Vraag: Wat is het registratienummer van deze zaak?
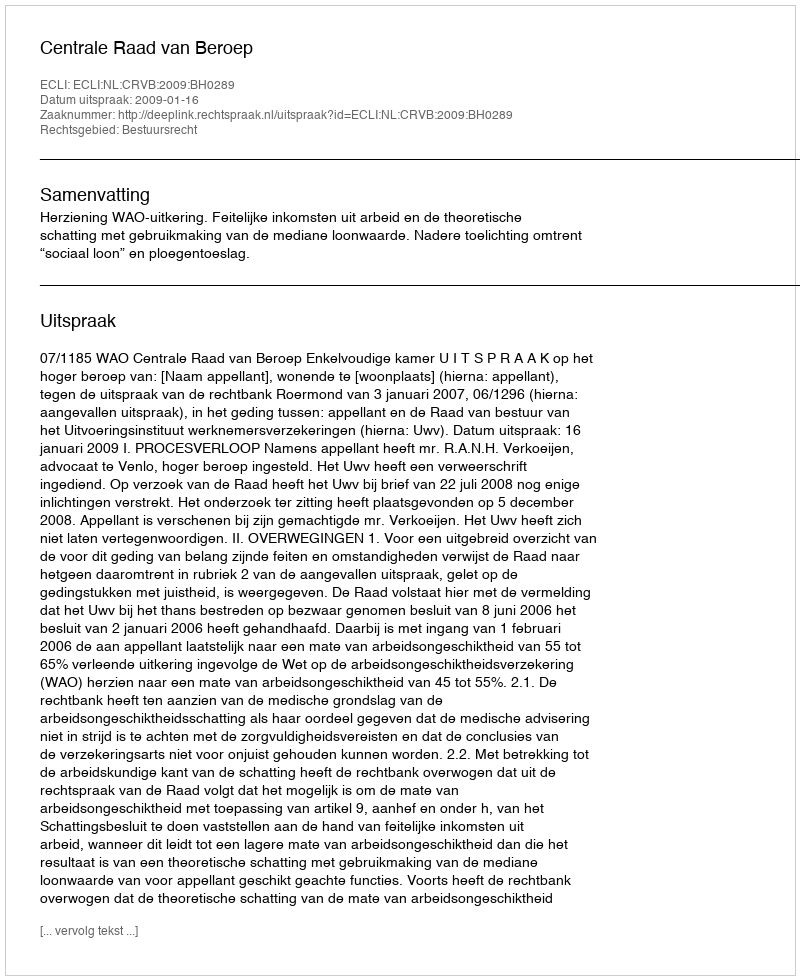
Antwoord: http://deeplink.rechtspraak.nl/uitspraak?id=ECLI:NL:CRVB:2009:BH0289